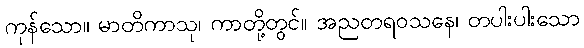
ကုန်သော။ မာတိကာသု၊ ကာတို့တွင်။ အညတရဝသနေ၊ တပါးပါးသော